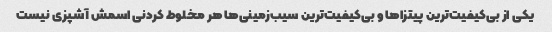
یکی از بی‌کیفیت‌ترین پیتزاها و بی‌کیفیت‌ترین سیب‌زمینی‌ها هر مخلوط کردنی اسمش آشپزی نیست